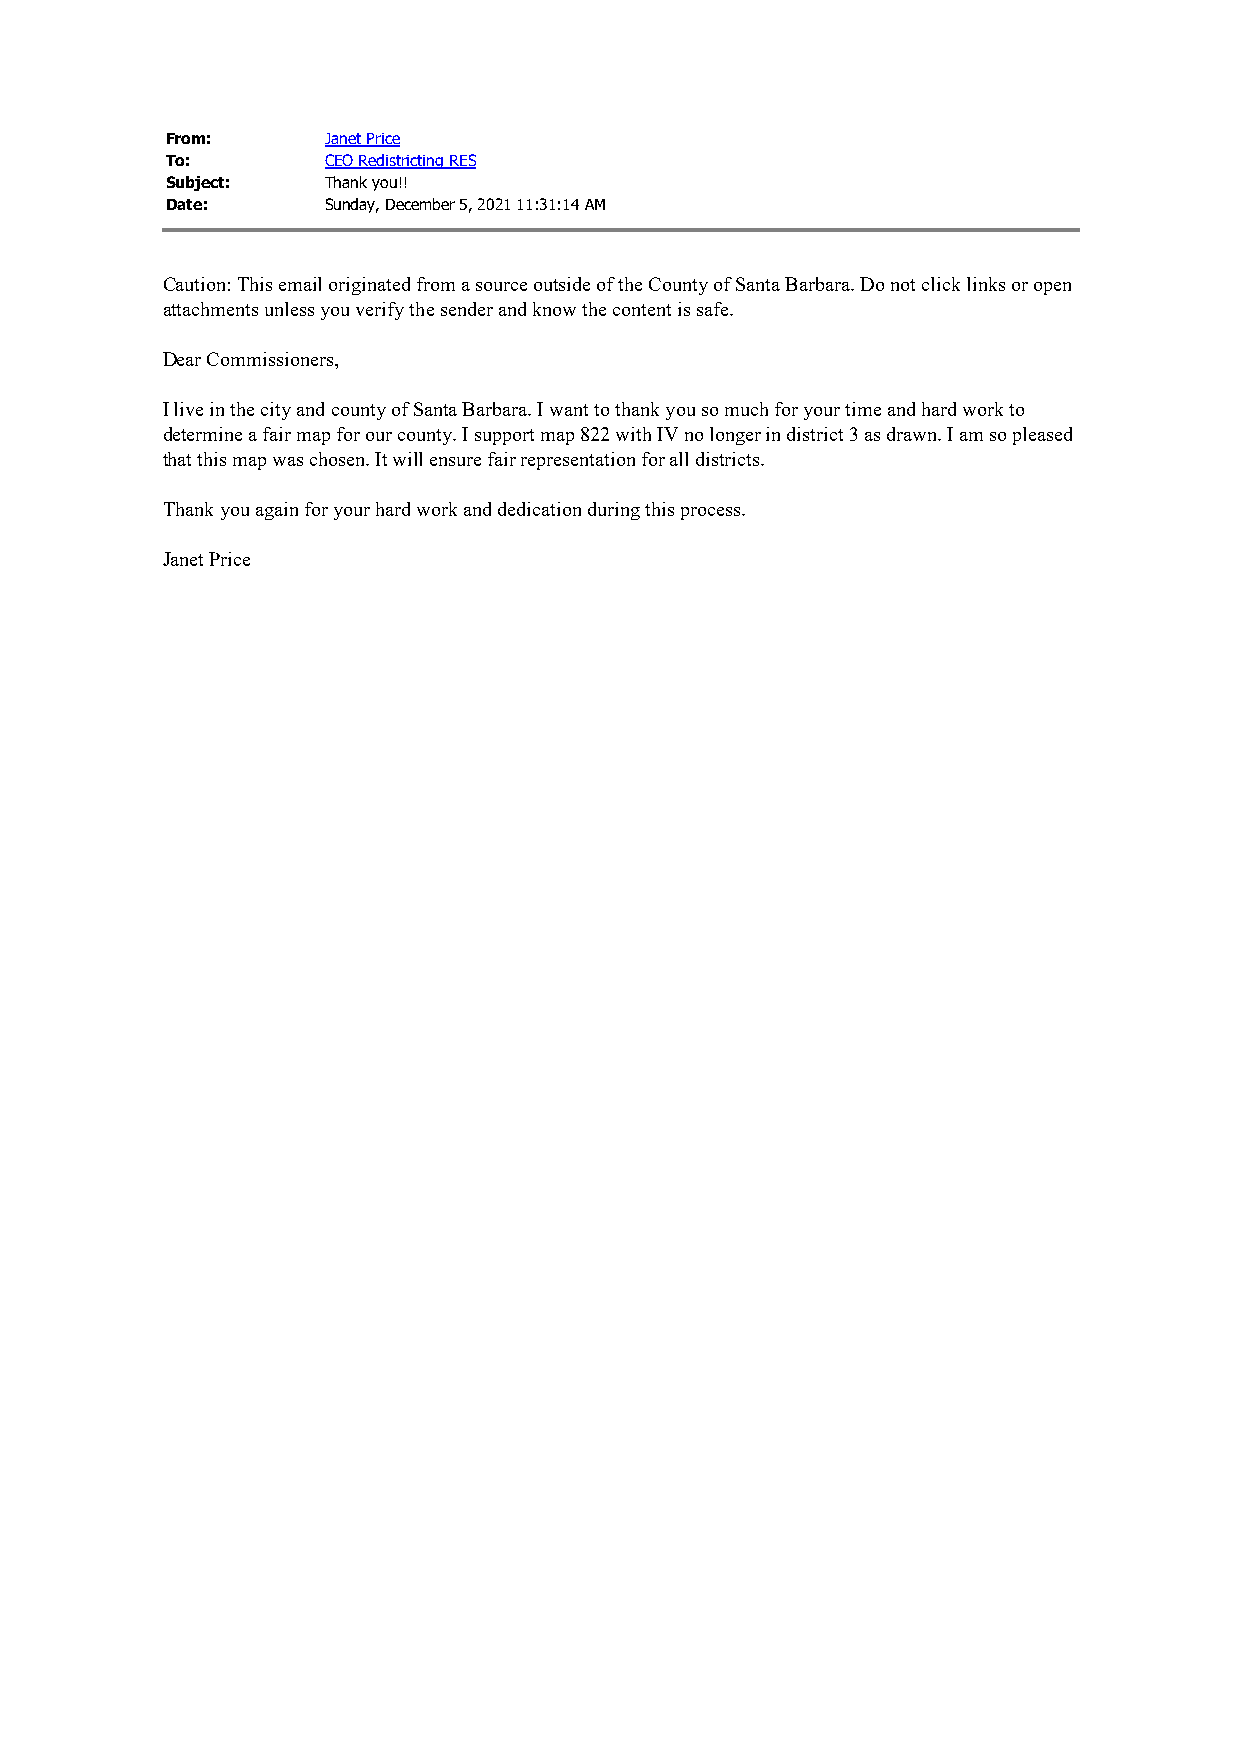
From:      Janet Price
 To:        CEO Redistricting RES
 Subject:   Thank you!!
 Date:      Sunday, December 5, 2021 11:31:14 AM
 Caution: This email originated from a source outside of the County of Santa Barbara. Do not click links or open
 attachments unless you verify the sender and know the content is safe.
 Dear Commissioners,
 I live in the city and county of Santa Barbara. I want to thank you so much for your time and hard work to
 determine a fair map for our county. I support map 822 with IV no longer in district 3 as drawn. I am so pleased
 that this map was chosen. It will ensure fair representation for all districts.
 Thank you again for your hard work and dedication during this process.
 Janet Price